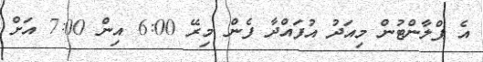
އެ ޕްލާންޓުން މިއަދު އުފައްދާ ފެން މިރޭ 6:00 އިން 7:00 އަށް